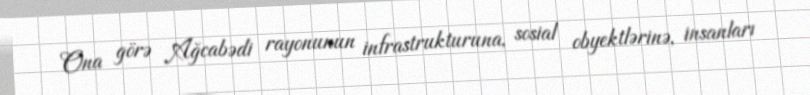
Ona görə Ağcabədi rayonunun infrastrukturuna, sosial obyektlərinə, insanları